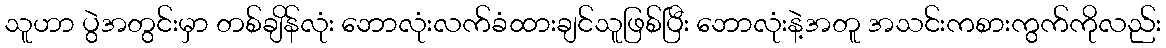
သူဟာ ပွဲအတွင်းမှာ တစ်ချိန်လုံး ဘောလုံးလက်ခံထားချင်သူဖြစ်ပြီး ဘောလုံးနဲ့အတူ အသင်းကစားကွက်ကိုလည်း